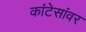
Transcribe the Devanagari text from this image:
कांटेसांवर